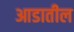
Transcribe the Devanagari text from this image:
आडातील